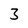
Character: 3